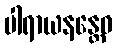
ပါရာယနန္တေဝ